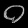
Digit: ၀